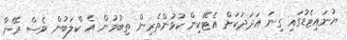
ޔުނައިޓެޑުގައި ގިނަ އަދަދަކަށް އެޓޭކިން ކުޅުންތެރިން ތިބުމުން އެ ކްލަބުން ވެސް އޭނާ